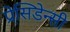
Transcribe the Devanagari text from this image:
प्रेसि़डेन्सी